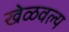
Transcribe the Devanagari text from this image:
खेळवल्य